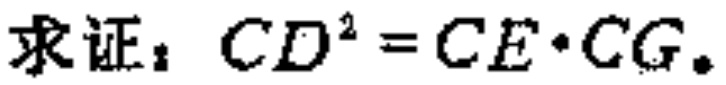
求证：\(CD^{2}=CE\cdot CG\)。